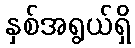
နှစ်အရွယ်ရှိ